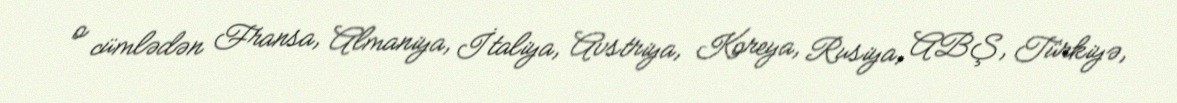
o cümlədən Fransa, Almaniya, İtaliya, Avstriya, Koreya, Rusiya, ABŞ, Türkiyə,